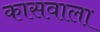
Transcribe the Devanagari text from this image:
कासवाला